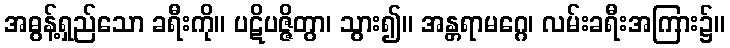
အဓွန့်ရှည်သော ခရီးကို။ ပဋိပဇ္ဇိတွာ၊ သွား၍။ အန္တရာမဂ္ဂေ၊ လမ်းခရီးအကြား၌။